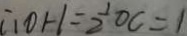
\therefore O H = \frac { 1 } { 2 } O C = 1